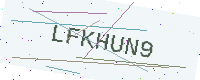
Text: LFKHUN9